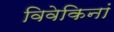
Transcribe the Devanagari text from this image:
विवेकिनां